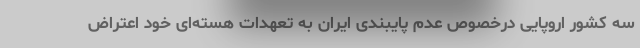
سه کشور اروپایی درخصوص عدم پایبندی ایران به تعهدات هسته‌ای خود اعتراض